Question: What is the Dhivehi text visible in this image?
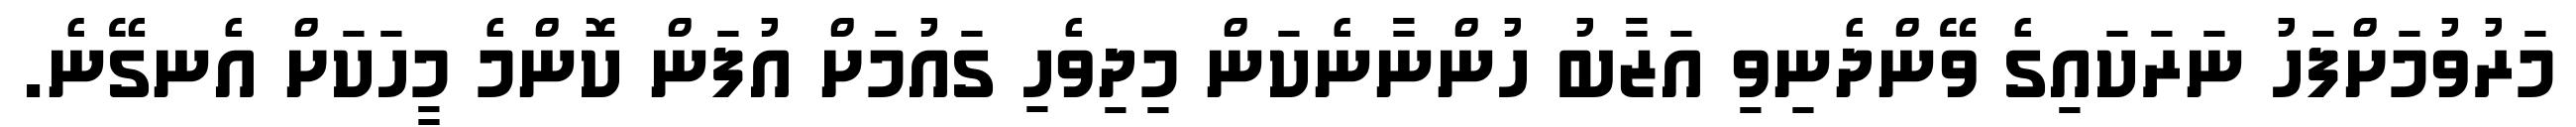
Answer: މަރުވުމަށްފަހު ނަރަކައިގެ ވޭންދެނިވި އަޒާބު ހުންނާނެކަން މިދިވެހި ގައުމަށް އުފަން ކޮންމެ މީހަކަށް އެނގޭނެ.